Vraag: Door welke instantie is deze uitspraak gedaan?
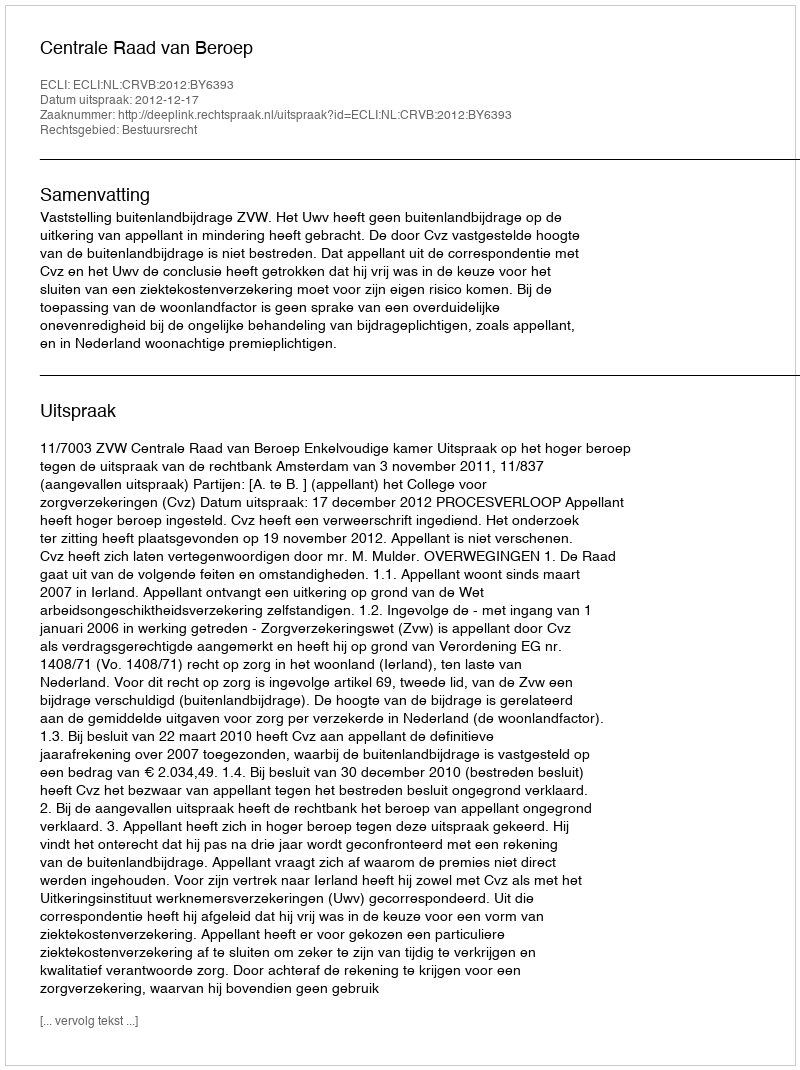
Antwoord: Centrale Raad van Beroep